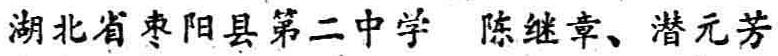
湖北省枣阳县第二中学 陈继章、潜元芳